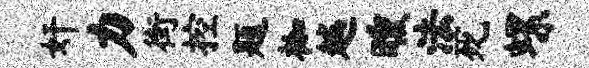
奸力街控题枷越曛法死螺